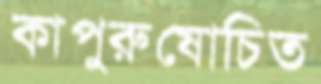
কাপুরুষোচিত